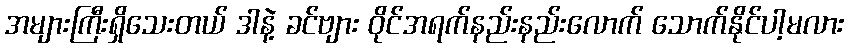
အများကြီးရှိသေးတယ် ဒါနဲ့ ခင်ဗျား ဝိုင်အရက်နည်းနည်းလောက် သောက်နိုင်ပါ့မလား